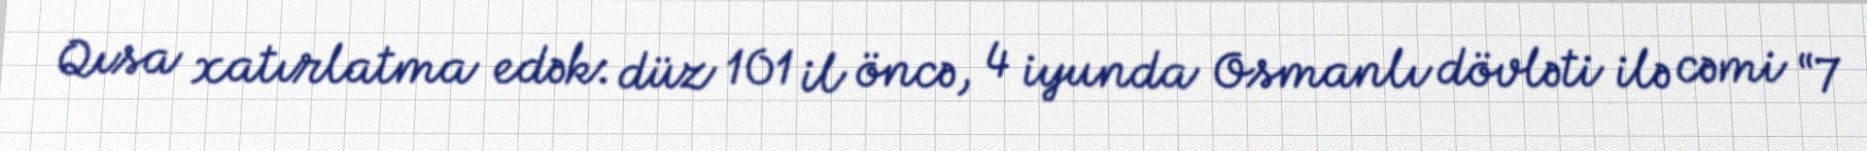
Qısa xatırlatma edək: düz 101 il öncə, 4 iyunda Osmanlı dövləti ilə cəmi “7